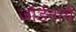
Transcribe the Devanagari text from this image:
जॉर्डनाचे